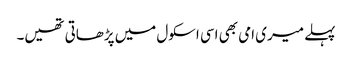
پہلے میری امی بھی اسی اسکول میں پڑھاتی تھیں۔